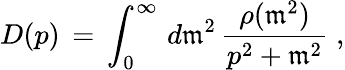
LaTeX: D(p)\, =\, \int_{0}^{\infty}\, d\mathfrak{m}^{2}\, \frac{{\rho(\mathfrak{m}^{2})}}{{p^{2}+\mathfrak{m}^{2}}}\; ,